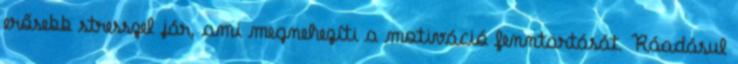
erősebb stresszel jár, ami megnehezíti a motiváció fenntartását. Ráadásul